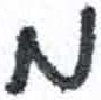
אות: מ